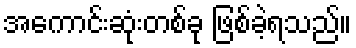
အကောင်းဆုံးတစ်ခု ဖြစ်ခဲ့ရသည်။